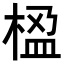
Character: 𬃇